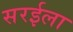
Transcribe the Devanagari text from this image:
सरईला